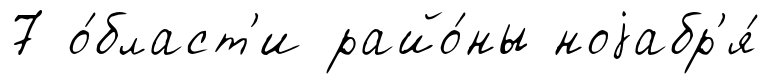
7 о́бласт'и райо́ны ноjабр'я́